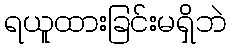
ရယူထားခြင်းမရှိဘဲ